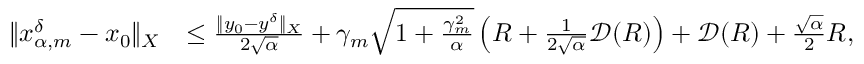
\begin{array} { r l } { \| x _ { \alpha , m } ^ { \delta } - x _ { 0 } \| _ { X } } & { \le \frac { \| y _ { 0 } - y ^ { \delta } \| _ { X } } { 2 \sqrt { \alpha } } + \gamma _ { m } \sqrt { 1 + \frac { \gamma _ { m } ^ { 2 } } { \alpha } } \left( R + \frac { 1 } { 2 \sqrt { \alpha } } \mathscr { D } ( R ) \right) + \mathscr { D } ( R ) + \frac { \sqrt { \alpha } } { 2 } R , } \end{array}